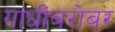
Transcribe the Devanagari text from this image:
गांधींबरोबर